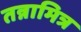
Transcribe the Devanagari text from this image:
तन्नामित्र